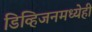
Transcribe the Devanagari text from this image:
डिव्हिजनमध्येही